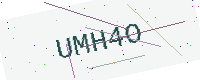
Text: UMH4O